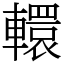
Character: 轘